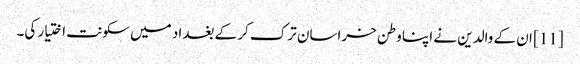
[11] ان کے والدین نے اپنا وطن خراسان ترک کر کے بغداد میں سکونت اختیار کی۔